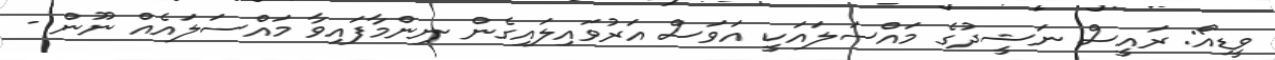
ވީޑިއޯ: ރައީސް ނަޝީދުގެ މައްސަލައަކީ އަވަސް އަރުވައިލައިގެން ނިންމާފައިވާ މައްސަލައެއް ނޫން -